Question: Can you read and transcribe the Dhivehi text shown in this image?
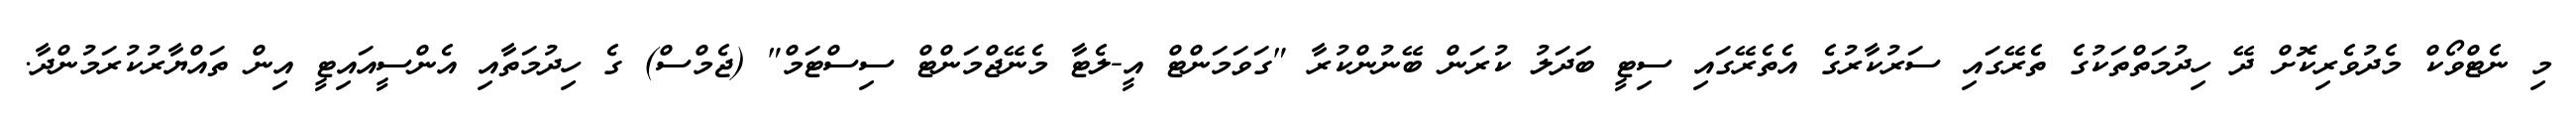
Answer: މި ނެޓްވޯކް މެދުވެރިކޮށް ދޭ ހިދުމަތްތަކުގެ ތެރޭގައި ސަރުކާރުގެ އެތެރޭގައި ސިޓީ ބަދަލު ކުރަން ބޭނުންކުރާ "ގަވަމަންޓް އީ-ލެޓާ މެނޭޖްމަންޓް ސިސްޓަމް" (ޖެމްސް) ގެ ހިދުމަތާއި އެންސީއައިޓީ އިން ތައްޔާރުކުރަމުންދާ.